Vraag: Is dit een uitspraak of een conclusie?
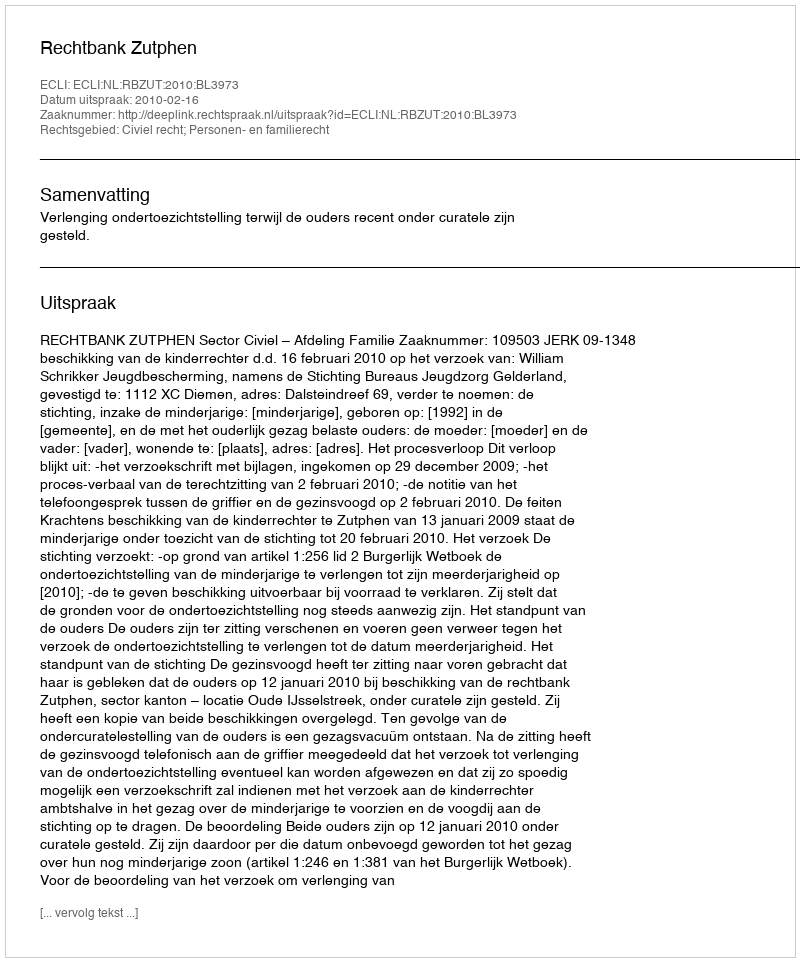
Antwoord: Uitspraak